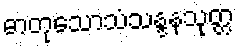
ဓာတုသောသံသန္ဒနသုတ္တ